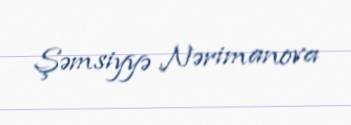
Şəmsiyyə Nərimanova